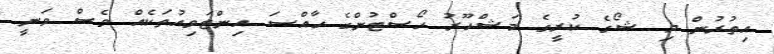
އިތުރުން މި ޝޯގެ ކުރީގެ މަޝްހޫރު ހޯސްޓުންގެ ހާއްސަ އިންޓަވިއުތަކެއް ވެސް ވަނީ